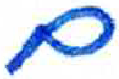
אות: ם